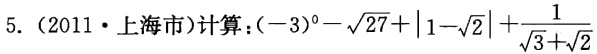
5.（2011·上海市）计算：\((-3)^{0}-\sqrt{27}+|1 - \sqrt{2}|+\frac{1}{\sqrt{3}+\sqrt{2}}\)